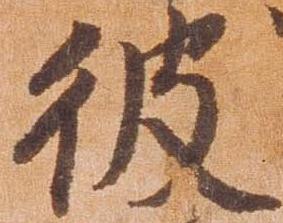
彼